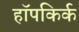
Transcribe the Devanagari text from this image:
हॉपकिर्क